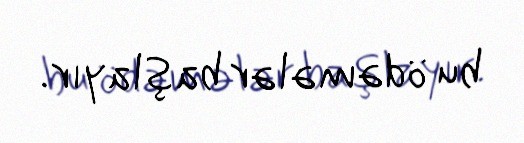
bu ödəmələr başlayır.